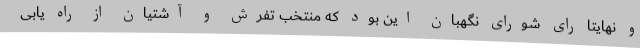
و نهایتا رای شورای نگهبان این بود که منتخب تفرش و آشتیان از راه یابی